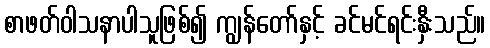
စာဖတ်ဝါသနာပါသူဖြစ်၍ ကျွန်တော်နှင့် ခင်မင်ရင်းနှီးသည်။